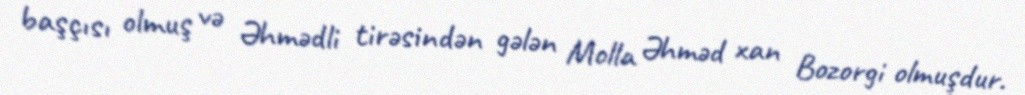
başçısı olmuş və Əhmədli tirəsindən gələn Molla Əhməd xan Bozorgi olmuşdur.